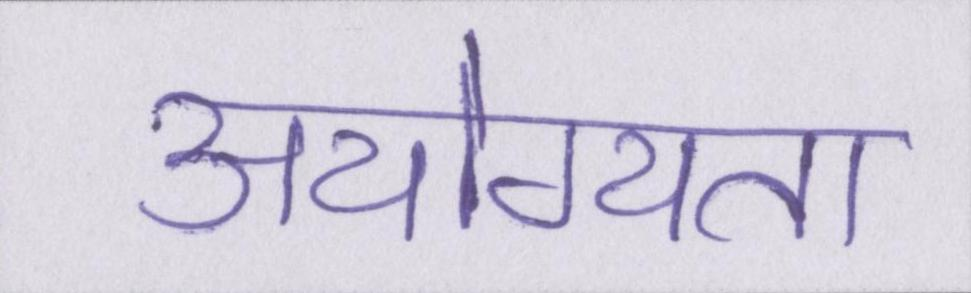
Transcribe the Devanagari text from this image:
अयोग्यता